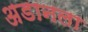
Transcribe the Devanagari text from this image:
अडानला